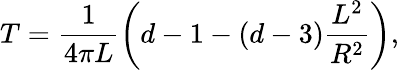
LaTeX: T=\frac{1}{4\pi L}\left(d-1-\left(d-3\right)\frac{L^{2}}{R^{2}}\right),